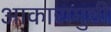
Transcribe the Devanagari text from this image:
आकारामुष्ठी